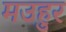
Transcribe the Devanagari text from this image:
मउहुर